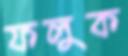
ফলুক